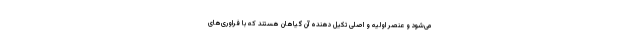
می‌شود و عنصر اولیه و اصلی تکیل دهنده آن گیاهان هستند که با فراوری‌های